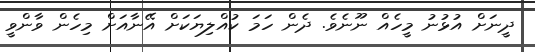
ދީނަށް އުޅުނު މީހެއް ނޫނެވެ. ދެން ހަމަ ކުއްލިޔަކަށް އޭނާއަށް މިހެން ވާންވީ